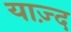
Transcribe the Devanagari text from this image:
याज़्द